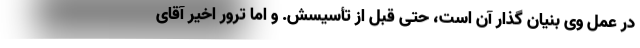
در عمل وی بنیان گذار آن است، حتی قبل از تأسیسش. و اما ترور اخیر آقای